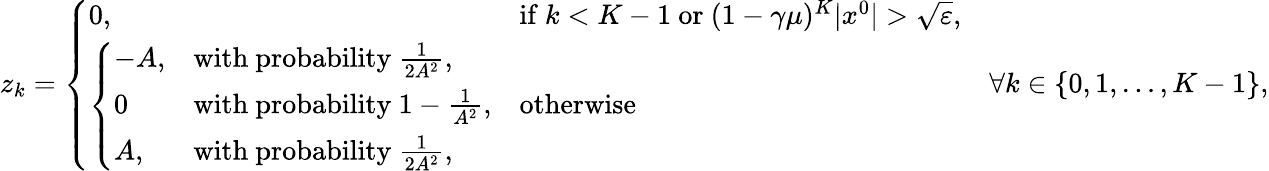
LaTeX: \begin{array}{r}{z_{k}=\left\{ \begin{array}{ll}{0,}&{\mathrm{if~}k<K-1\mathrm{~or~}(1-\gamma\mu)^{K}|x^{0}|>\sqrt{\varepsilon},}\\ {\left\{ \begin{array}{ll}{-A,}&{\mathrm{with~probability~}\frac{1}{2A^{2}},}\\ {0}&{\mathrm{with~probability~}1-\frac{1}{A^{2}},}\\ {A,}&{\mathrm{with~probability~}\frac{1}{2A^{2}},}\end{array}\right.}&{\mathrm{otherwise}}\end{array}\right.\quad\forall k\in\{ 0,1,\ldots,K-1\} ,}\end{array}